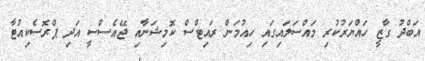
އަބްދު ގާޒީ ހައްޔަރުކުރި މައްސަލައިގައި ހިއުމަން ރައިޓްސް ކޮމިޝަނާއި ޖޭއެސްސީ އަދި ޕްރޮސެކިއުޓާ